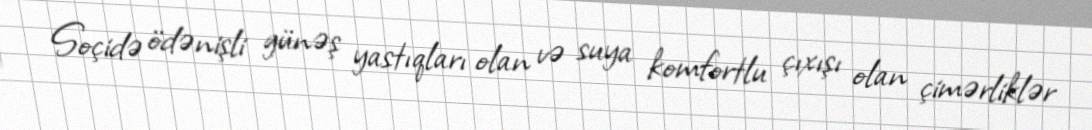
Soçidə ödənişli günəş yastıqları olan və suya komfortlu çıxışı olan çimərliklər